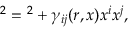
\d s ^ { 2 } = \d r ^ { 2 } + \gamma _ { i j } ( r , x ) \d x ^ { i } \d x ^ { j } ,